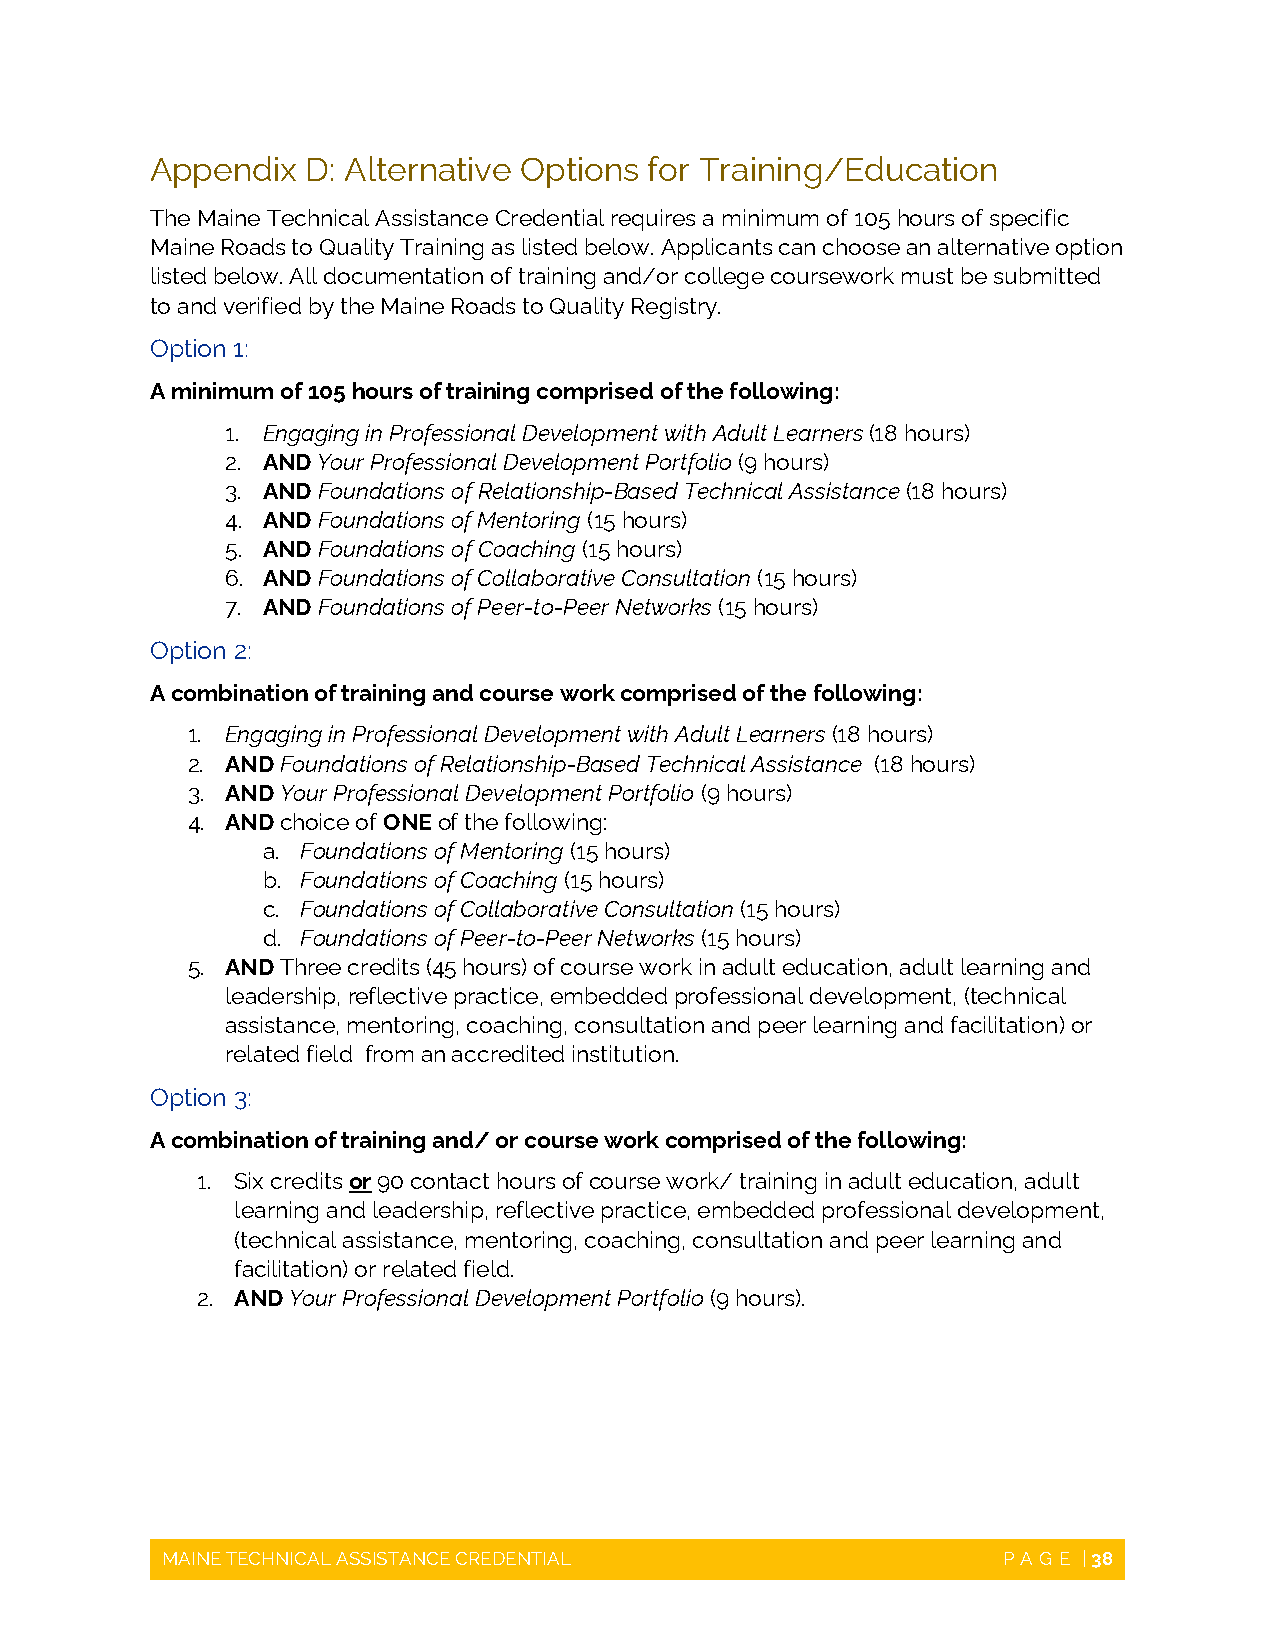
Appendix  D: Alternative Options for Training/Education
 The Maine Technical Assistance Credential requires a minimum of 105 hours of specific
 Maine Roads to Quality Training as listed below. Applicants can choose an alternative option
 listed below. All documentation of training and/or college coursework must be submitted
 to and verified by the Maine Roads to Quality Registry.
 Option 1:
 A minimum of 105 hours of training comprised of the following:
 1. Engaging in Professional Development with Adult Learners (18 hours)
 2. AND Your Professional Development Portfolio (9 hours)
 3. AND Foundations of Relationship-Based Technical Assistance (18 hours)
 4. AND Foundations of Mentoring (15 hours)
 5. AND Foundations of Coaching (15 hours)
 6. AND Foundations of Collaborative Consultation (15 hours)
 7. AND Foundations of Peer-to-Peer Networks (15 hours)
 Option 2:
 A combination of training and course work comprised of the following:
 1. Engaging in Professional Development with Adult Learners (18 hours)
 2. AND Foundations of Relationship-Based Technical Assistance (18 hours)
 3. AND Your Professional Development Portfolio (9 hours)
 4. AND choice of ONE of the following:
 a. Foundations of Mentoring (15 hours)
 b. Foundations of Coaching (15 hours)
 c. Foundations of Collaborative Consultation (15 hours)
 d. Foundations of Peer-to-Peer Networks (15 hours)
 5. AND Three credits (45 hours) of course work in adult education, adult learning and
 leadership, reflective practice, embedded professional development, (technical
 assistance, mentoring, coaching, consultation and peer learning and facilitation) or
 related field from an accredited institution.
 Option 3:
 A combination of training and/ or course work comprised of the following:
 1. Six credits or 90 contact hours of course work/ training in adult education, adult
 learning and leadership, reflective practice, embedded professional development,
 (technical assistance, mentoring, coaching, consultation and peer learning and
 facilitation) or related field.
 2. AND Your Professional Development Portfolio (9 hours).
 MAINE TECHNICAL ASSISTANCE CREDENTIAL                  PAGE  | 38